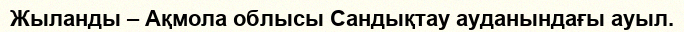
Жыланды – Ақмола облысы Сандықтау ауданындағы ауыл.